Reports on military cantonments and civil stations in the Presidency of Bombay inspected by the Sanitary Commissioner in the years 1875 and 1876
Year: 1875
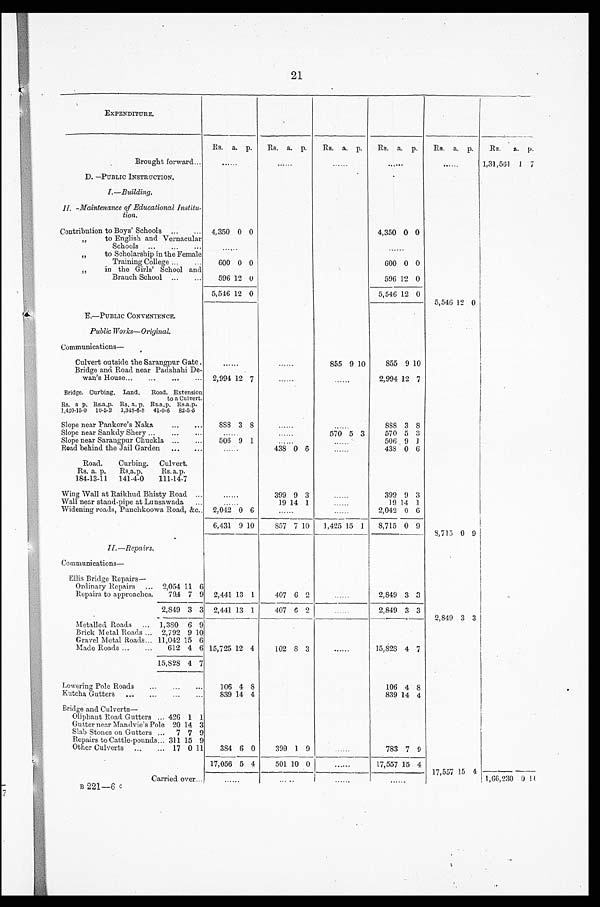
21
EXPENDITURE.
Rs.
a .
p. Rs.
a . p . Rs.
a .
p. Rs.
a .
p. Rs.
a .
p.
R s . a .
p.
Brought forward...
. . . . . .
. . . . . .
. . . . . .
. . . . . .
. . . . . .1,31,561 1 7
D. —PUBLIC INSTRUCTION.
I.—Building.
II. —Maintenance of Educational Institu-
tion.
Contribution to Boys' Schools ... ... 4,350 0 0
4,350 0 0
, , t o E n g l i s h a n d V e r n a c u l a r
Schools ... ... ...
......
. . . . . .
, , t o S c h o l a r s h i p i n t h e F e m a l e
Training College ...
...
600 0 0
600 0 0
, , i n t h e G i r l s ' S c h o o l a n d
Branch School ... ...
596 12 0
596 12 0
5,546 12 0
5,546 12 0 5,546
1 2 0
E.—PUBLIC CONVENIENCE.
Public Works—Original.
Communications—
Culvert outside the Sarangpur Gate .
. . . . . .
. . . . . . 855 9 10
855 9 10
Bridge and Road near Padshahi De-
wan's House... ... ... ... 2,994 12 7
......
......
2,994 12 7
Bridge. Curbing. Land. Road. Extension
to a Culvert.
Rs. a. p. Rs. a. p. Rs. a. p. Rs. a. p. Rs. a. p.
1,348-6-8 41-0-6 82-5.5
1,420-15.0 10-5-2
Slope near Pankore's Naka
... ... 888 3 8
. . . . . .
. . . . . .
888 3 8
Slope near Sankdy Shery ...
...
. . . . . .
. . . . . .
570 5 3
570 5 3
Slope near Sarangpur Chuckla ... ...
506 9 1
. . . . . .
. . . . . . 506 9 1
Road behind the Jail Garden ... ...
......
438 0 6
......
438 0 6
Road. Curbing. Culvert.
Rs. a. p. Rs. a. p. Rs. a. p.
184-13-11 141-4-0 111-14-7
Wing Wall at Raikhud Bhisty Road ...
......
399 9 3
......
399 9 3
Wall near stand-pipe at Lunsawada ...
......
19 14 1
......
19 14 1
Widening roads, Punchkoowa Road, &c.. 2,042 0 6
2,042 0 6
6,431 9 10
857 7 10 1,425 15 1 8,715 0 9
8 , 7 1 5 0 9
II.—Repairs.
Communications—
El l i s Br i dge Repai r s —
Ordinary Repairs ... 2,054 11 6
Repairs to approaches. 794 7 9 2,441 13 1
407 6 2
. . . . . . 2,849 3 3
2,849 3 3 2,441 13 1
407 0 2
. . . . . .
2,849 3 3 2,849
3 3
Metalled Roads ... 1,380 6 9
Brick Metal Roads ... 2,792 9 10
Gravel Metal Roads... 11,042 15 6
Made Roads ... ... 612 4 6 15,725 12 4
102 8 3
......
15,82
8
4 7
15,823 4 7
Lowering Pole Roads ... ... ...
106 4 8
106 4 8
Kutcha Gutters ... ... ... ...
839 14 4
839 14 4
B r i d g e a n d C u l v e r t s —
Oliphant Road Gutters ... 426 1 1
Gutter near Mandvie's Pole 20 14 3
Slab Stones on Gutters ... 7 7 9
Repairs to Cattle-pounds... 311 15 9
Other Culverts .,. ... 17 0 11 384 6 0
399 1 9
......
783 7 9
17,056 5 4
501 10 0
......
17,557 15 4 17,557 15 4
Carried over ...
......
. . . . . .
. . . . . .
. . . . . .
1,66,230 0 14
B 2 2 1 — 6 c